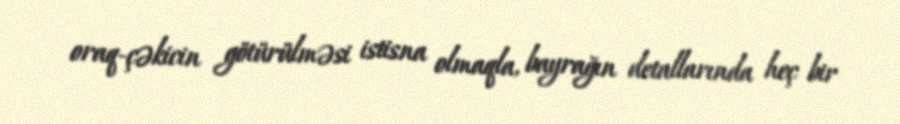
oraq-çəkicin götürülməsi istisna olmaqla, bayrağın detallarında heç bir